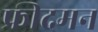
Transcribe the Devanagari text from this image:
फ्रीदमन